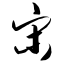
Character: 宋